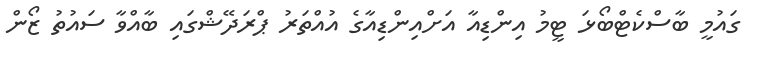
ގައުމީ ބާސްކެޓްބޯޅަ ޓީމު އިންޑިއާ އަށްއިންޑިއާގެ އުއްތަރު ޕްރަދޭޝްގައި ބާއްވާ ސައުތު ޒޯން